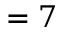
= 7